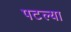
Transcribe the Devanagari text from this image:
पटल्या